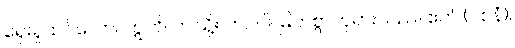
ရှေးရှုထင်လော။ ဣတိ၊ ဤသို့။ ဘဂဝါ၊ မြတ်စွာဘုရားသည်။ ဧတံ (ဝစနံ)၊